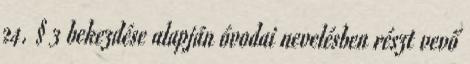
24. § 3 bekezdése alapján óvodai nevelésben részt vevő